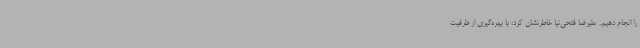
را انجام دهیم. علیرضا فتحی‌نیا خاطرنشان کرد: با بهره‌گیری از ظرفیت